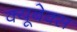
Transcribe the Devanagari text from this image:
क्यूबेक्स